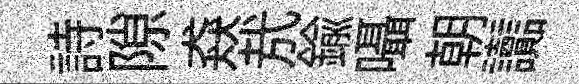
詩隙猋㢤鍮囁朝讟